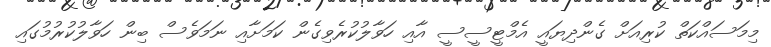
މިމަސައްކަތް ކުރިއަށް ގެންދިޔައީ އެމްޓީސީސީ އާއި ހަވާލުކުރެވިގެން ކަމަށާއި ނަމަވެސް ބިން ހަވާލުކުރުމުގައި